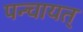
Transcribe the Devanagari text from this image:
पन्चायत्